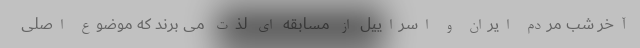
آخر شب مردم ایران و اسراییل از مسابقه ای لذت می برند که موضوع اصلی